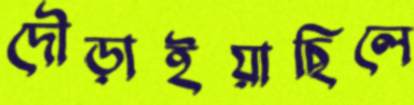
দৌড়াইয়াছিলে